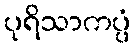
ပုရိသာကပ္ပံ